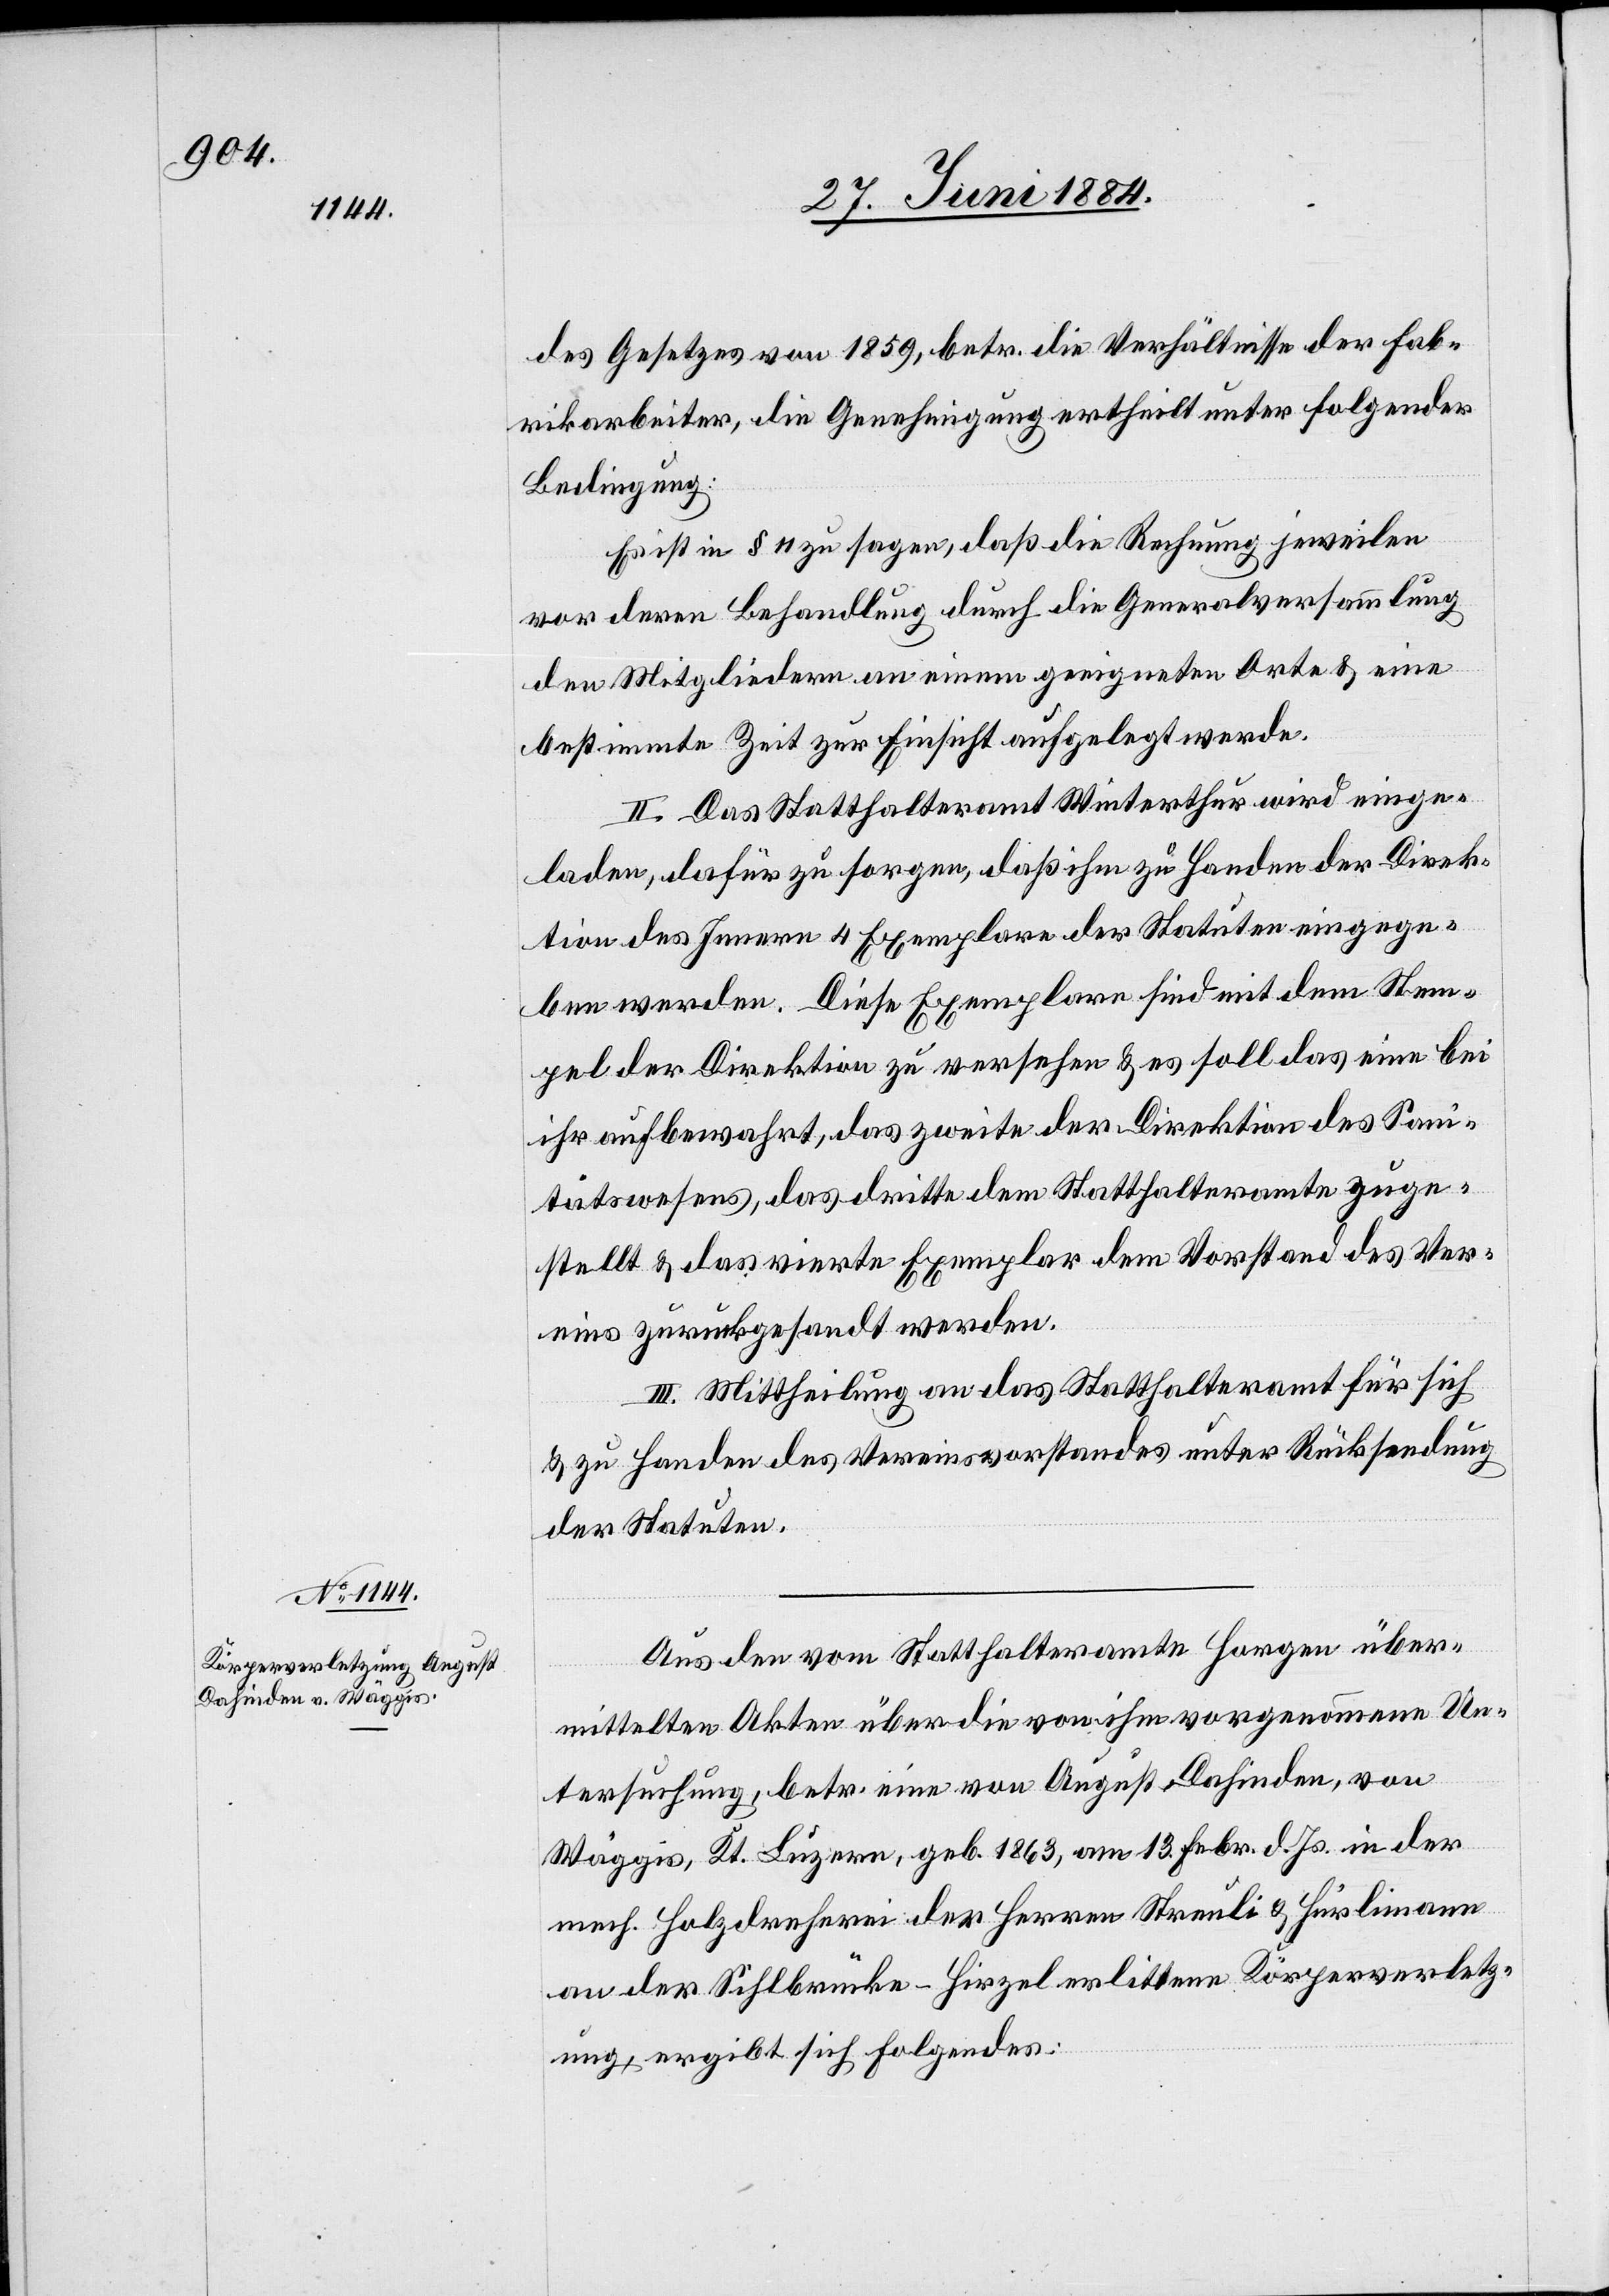
des Gesetzes von 1859, betr. die Verhältnisse der Fab¬
rikarbeiter, die Genehmigung ertheilt unter folgender
Bedingung:
Es ist in § 11 zu sagen, daß die Rechnung jeweilen
vor deren Behandlung durch die Generalversammlung
den Mitgliedern an einem geeigneten Orte & eine
bestimmte Zeit zur Einsicht aufgelegt werde.
II. Das Statthalteramt Winterthur wird einge¬
laden, dafür zu sorgen, daß ihm zu Handen der Direk¬
tion des Innern 4 Exemplare der Statuten eingege¬
ben werden. Diese Exemplare sind mit dem Stem¬
pel der Direktion zu versehen & es soll das eine bei
ihr aufbewahrt, das zweite der Direktion des Sani¬
tätswesens, das dritte dem Statthalteramte zuge¬
stellt & das vierte Exemplar dem Vorstand des Ver¬
eins zurückgesandt werden.
III. Mittheilung an das Statthalteramt für sich
& zu Handen des Vereinsvorstandes unter Rücksendung
der Statuten.
Aus den vom Statthalteramte Horgen über¬
mittelten Akten über die von ihm vorgenommene Un¬
tersuchung, betr. eine von August Dahinden, von
Wäggis, Kt. Luzern, geb. 1863, am 13. Febr. d. Js. in der
mech. Holzdreherei der Herren Streuli & Hürlimann
an der Sihlbrücke - Hirzel erlittene Körperverletz¬
ung, ergibt sich folgendes: